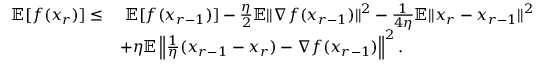
\begin{array} { r l } { \mathbb { E } [ f ( x _ { r } ) ] \leq } & { \ \mathbb { E } [ f ( x _ { r - 1 } ) ] - \frac { \eta } { 2 } \mathbb { E } \| \nabla f ( x _ { r - 1 } ) \| ^ { 2 } - \frac { 1 } { 4 \eta } \mathbb { E } \| x _ { r } - x _ { r - 1 } \| ^ { 2 } } \\ & { + \eta \mathbb { E } \left\| \frac { 1 } { \eta } ( x _ { r - 1 } - x _ { r } ) - \nabla f ( x _ { r - 1 } ) \right\| ^ { 2 } . } \end{array}